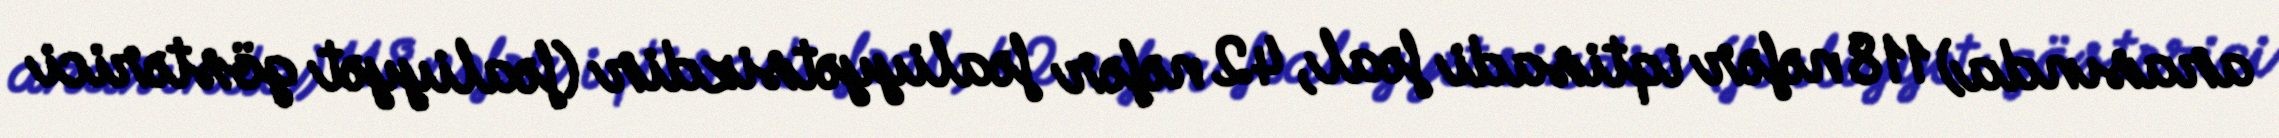
arasında) 118 nəfər iqtisadi fəal, 42 nəfər fəaliyyətsizdir (fəaliyyət göstərici